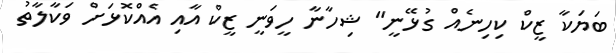
ބަޔަކާ ޒީކް ކިހިނެއް ގުޅޭނީ" ޝިހާނާ ހީވަނީ ޒީކް އާއި އެއްކޮޅަށް ވަކާލާތު